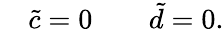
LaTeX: \quad\tilde{c}=0\quad\quad\tilde{d}=0.